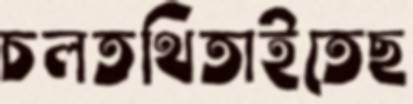
চলতথিতাইতেছ